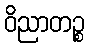
ဝိညာတဉ္စ